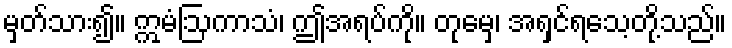
မှတ်သား၍။ ဣမံဩကာသံ၊ ဤအရပ်ကို။ တုမှေ၊ အရှင်ရသေ့တို့သည်။